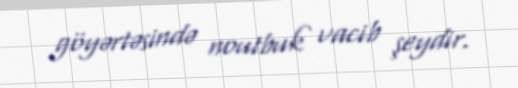
göyərtəsində noutbuk vacib şeydir.